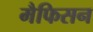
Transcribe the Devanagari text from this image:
मैफिसन